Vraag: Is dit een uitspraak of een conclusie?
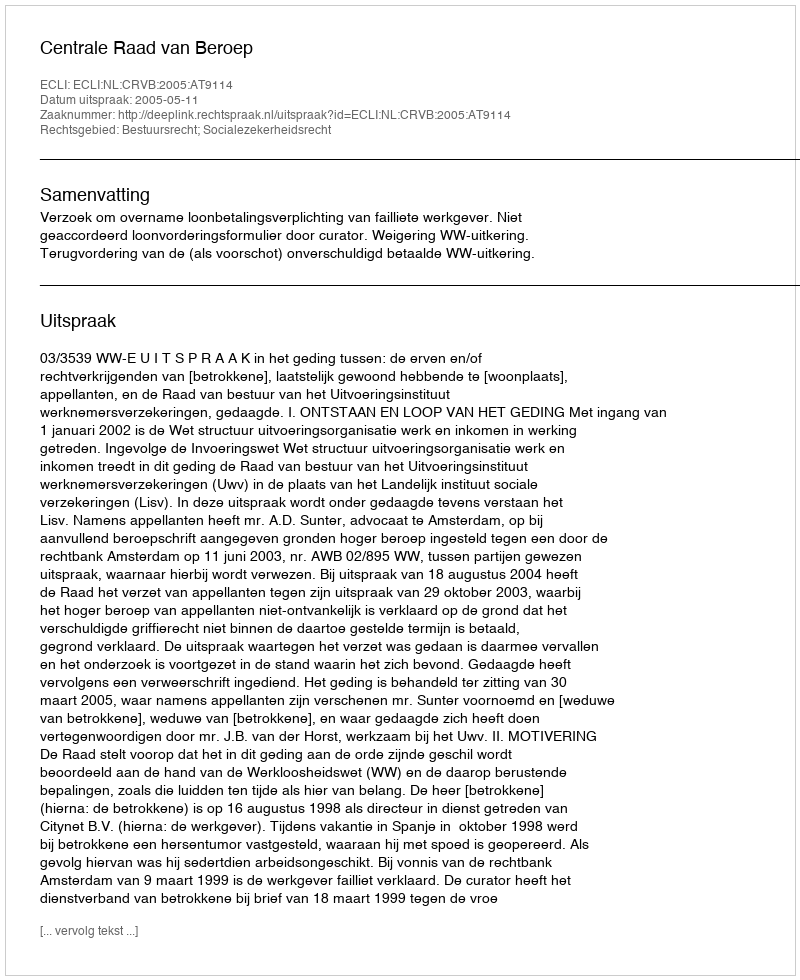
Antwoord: Uitspraak